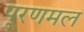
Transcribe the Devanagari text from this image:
पूरणमल